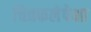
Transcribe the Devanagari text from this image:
चित्रकलेपेक्षा